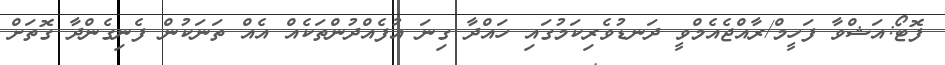
ފޮޓޯ:އަޝްވާ ފަހީމް/ރާއްޖެއެމްވީ ދަނޑުވެރިކަމުގައި ހައްދާ ގިނަ އުފެއްދުންތަކެއް އެއް ތަނަކުން ފެނިގެންދާ ގޮތަށް